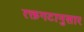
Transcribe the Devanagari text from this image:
रक्तगटानुसार